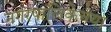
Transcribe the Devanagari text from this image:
नगरपालिकेचेया